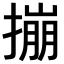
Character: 𪮤